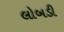
લોબડી